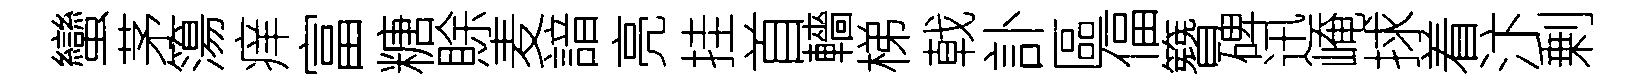
蠻茅簜痒富糖賖麦諳亮挂首轖梯戟訃區偪簪碑迅崦捄着汴剰